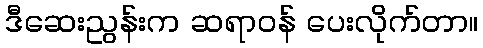
ဒီဆေးညွန်းက ဆရာဝန် ပေးလိုက်တာ။